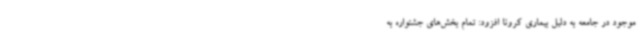
موجود در جامعه به دلیل بیماری کرونا افزود: تمام بخش‌های جشنواره به